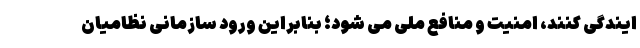
ایندگی کنند، امنیت و منافع ملی می شود؛ بنابراین ورود سازمانی نظامیان